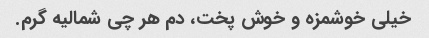
خیلی خوشمزه و خوش پخت، دم هر چی شمالیه گرم.